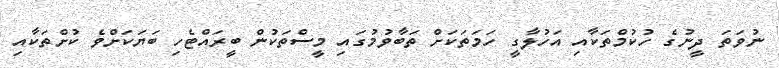
ނުވަތަ ދީނުގެ ހުކުމްތަކާއި އަހުލާގީ ހަމަތަކަށް ތަބާވުމުގައި މީސްތަކުން ބީރައްޓެހި ބަޔަކަށްވެ ކުށްތަކާއި